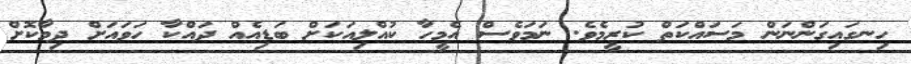
ހިނގައިގަންނަން މަސައްކަތް ކުރީމެވެ. ނަމަވެސް އެމީހާ ކުއްލިއަކަށް ބަޑިއެއް ދައްކާ ހަވައަށް ދިމާކޮށް